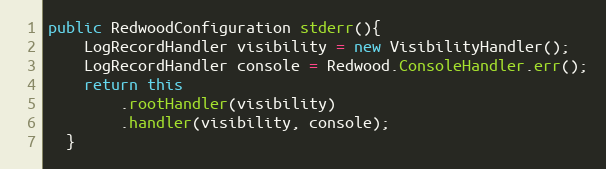
Language: Java
public RedwoodConfiguration stderr(){
    LogRecordHandler visibility = new VisibilityHandler();
    LogRecordHandler console = Redwood.ConsoleHandler.err();
    return this
        .rootHandler(visibility)
        .handler(visibility, console);
  }